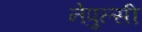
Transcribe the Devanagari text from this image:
नेपुल्सी